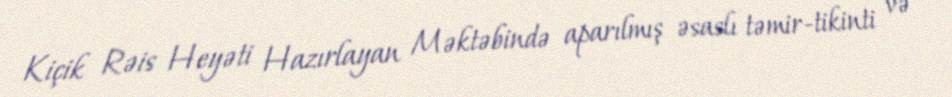
Kiçik Rəis Heyəti Hazırlayan Məktəbində aparılmış əsaslı təmir-tikinti və